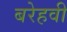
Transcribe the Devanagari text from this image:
बरेहवी